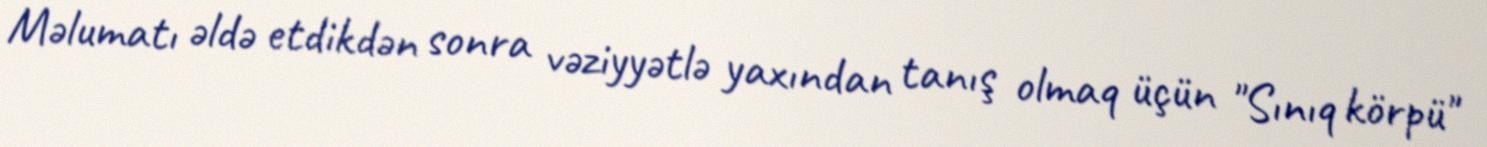
Məlumatı əldə etdikdən sonra vəziyyətlə yaxından tanış olmaq üçün "Sınıq körpü"